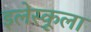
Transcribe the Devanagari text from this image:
इलेस्कूला